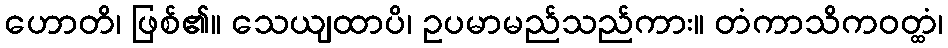
ဟောတိ၊ ဖြစ်၏။ သေယျထာပိ၊ ဥပမာမည်သည်ကား။ တံကာသိကဝတ္ထံ၊